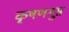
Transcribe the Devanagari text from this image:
कृषणगुप्त